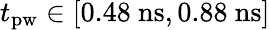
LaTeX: t_{\mathrm{pw}}\in[0.48~\mathrm{ns},0.88~\mathrm{ns}]